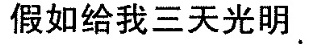
假如给我三天光明